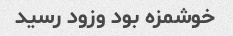
خوشمزه بود وزود رسید